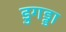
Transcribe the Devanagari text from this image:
डुगड्डा